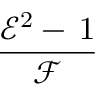
\frac { { \mathcal { E } } ^ { 2 } - \, 1 } { \mathcal { F } }